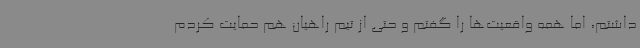
داشتم، اما همه واقعیت‌ها را گفتم و حتی از تیم راهیان هم حمایت کردم